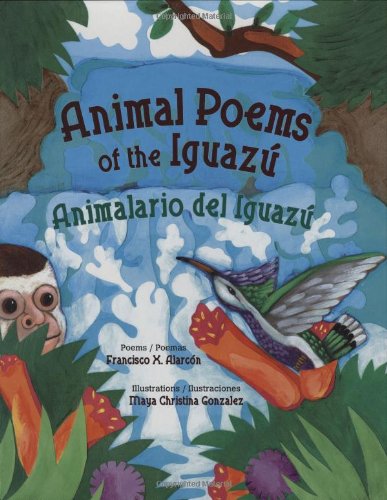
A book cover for Animal Poems of the Iguazu/Animalario del Iguazu (English and Spanish Edition); Francisco X. Alarcon; Children's Books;